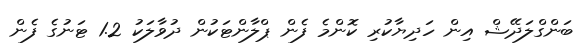
ބަންގްލަދޭޝް އިން ހަދިޔާކުރި ކޮންމެ ފެން ޕްލާންޓަކުން ދުވާލަކު 1.2 ޓަނުގެ ފެން